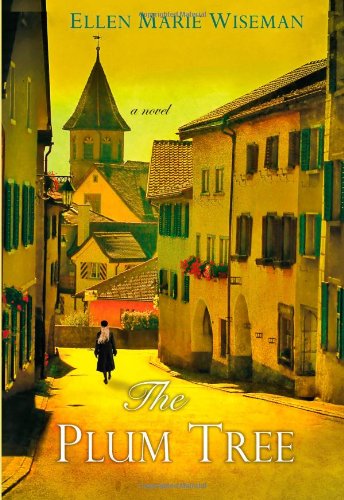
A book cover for The Plum Tree; Ellen Marie Wiseman; Literature & Fiction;